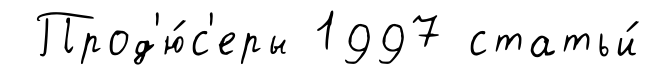
Прод'ю́с'еры 1997 статьи́